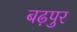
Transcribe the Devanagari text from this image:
बढ़पुर